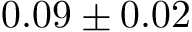
0 . 0 9 \pm 0 . 0 2